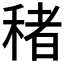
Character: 𮃔